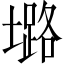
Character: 𱘅